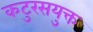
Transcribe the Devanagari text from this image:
कटुरसयुक्त